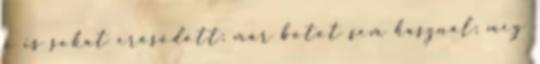
ő is sokat erősödött; már botot sem használ; meg